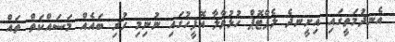
އެނދުމަތީގައި އިށީނދެ ލެޕްޓޮޕް ހުޅުވާލާ އޮފީހުގައި ނުނިމި ހުރި ބައެއް މަސައްކަތް ތައް